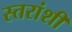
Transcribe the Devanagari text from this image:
स्तरांशी